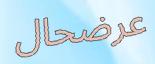
عرضحال